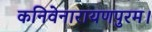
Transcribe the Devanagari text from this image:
कनिवेनारायणपुरम।